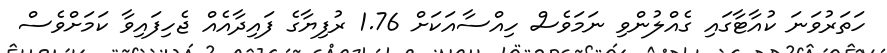
ހަަތަރުވަނަ ކުއާޓާގައި ގެއްލުންވި ނަމަވެސް ހިއްސާއަކަށް 1.76 ރުފިޔާގެ ފައިދާއެއް ޖެހިފައިވާ ކަމަށްވެސް